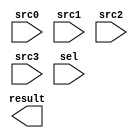
module SEL_32x4 (
  input      [31:0]   src0,
  input      [31:0]   src1,
  input      [31:0]   src2,
  input      [31:0]   src3,
  input      [3:0]    sel,
  output reg [31:0]   result
);
endmodule